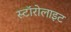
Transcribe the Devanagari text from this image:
स्टॉरोलाइट